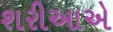
શરીઆએ